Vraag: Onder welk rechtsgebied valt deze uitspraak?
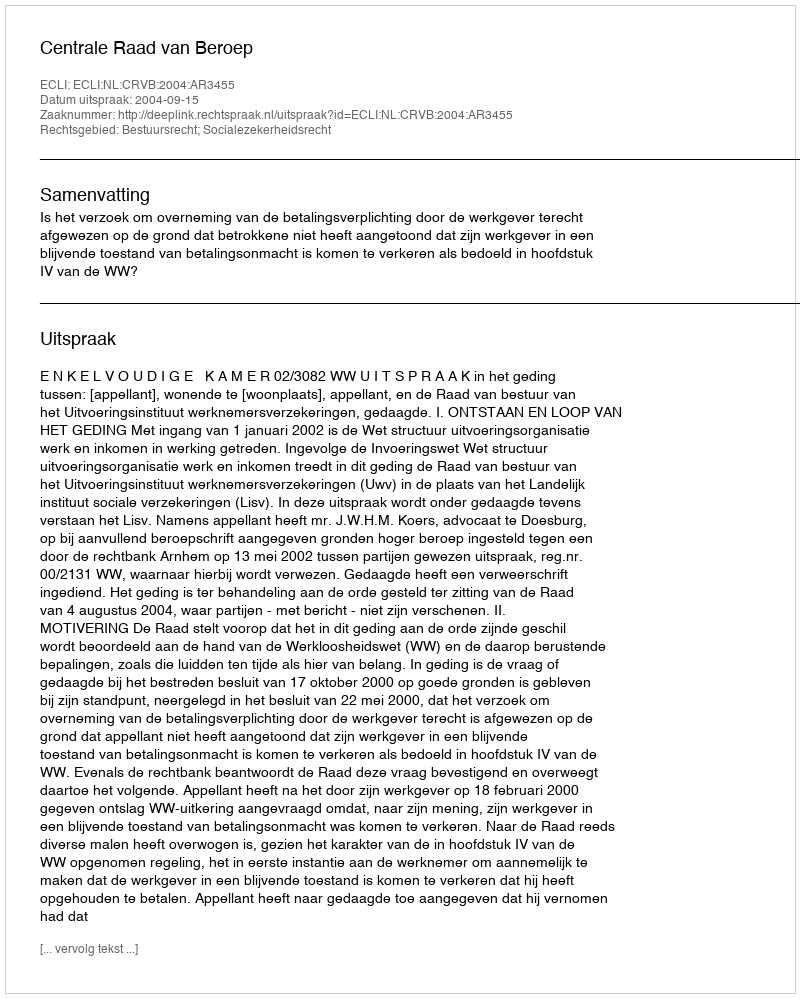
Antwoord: Bestuursrecht; Socialezekerheidsrecht